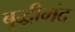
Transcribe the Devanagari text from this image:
बुद्धीमंद